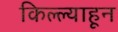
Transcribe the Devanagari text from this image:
किल्ल्याहून